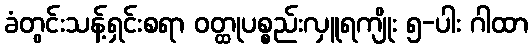
ခံတွင်းသန့်ရှင်းစရာ ဝတ္ထုပစ္စည်းလှူရကျိုး ၅-ပါး ဂါထာ